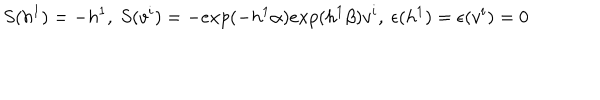
S ( h ^ { 1 } ) = - h ^ { 1 } , \ S ( v ^ { i } ) = - e x p ( - h ^ { 1 } \alpha ) e x p ( h ^ { 1 } \beta ) v ^ { i } , \ \epsilon ( h ^ { 1 } ) = \epsilon ( v ^ { i } ) = 0